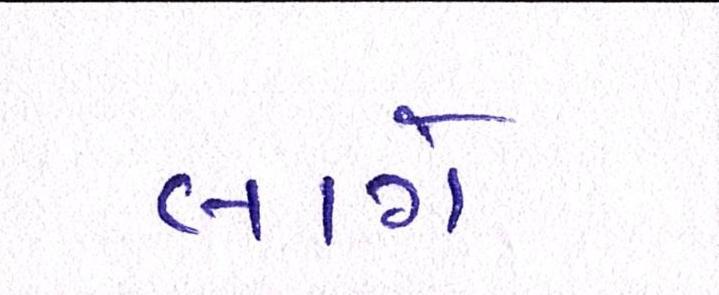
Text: લાગે